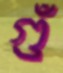
গুঁ